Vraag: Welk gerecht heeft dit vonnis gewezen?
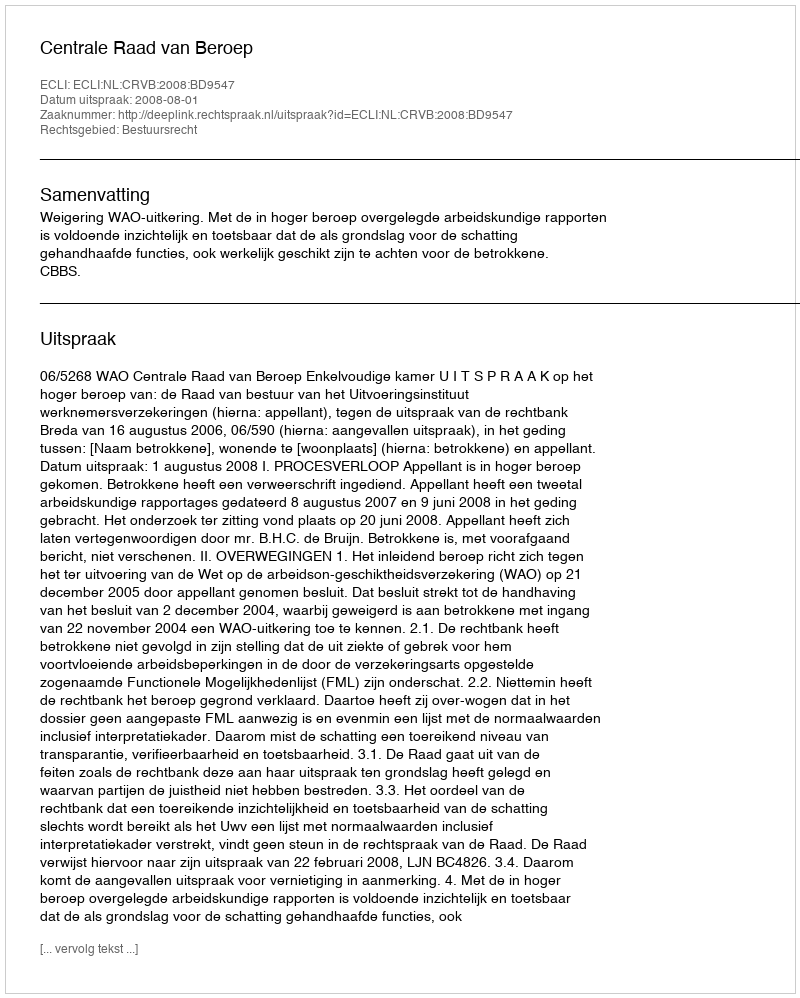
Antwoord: Centrale Raad van Beroep